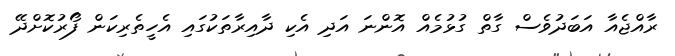
ރާއްޖެއާ އަބަދުވެސް ގާތް ގުޅުމެއް އޮންނަ އަދި އެކި ދާއިރާތަކުގައި އެހީތެރިކަން ފޯރުކޮށްދޭ